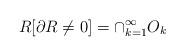
LaTeX: \begin{align*}R[\partial R\neq 0]= \cap^{\infty}_{k=1}O_{k}\end{align*}